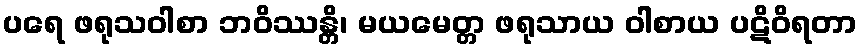
ပရေ ဖရုသဝါစာ ဘဝိဿန္တိ၊ မယမေတ္တ ဖရုသာယ ဝါစာယ ပဋိဝိရတာ